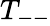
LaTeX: T_{--}